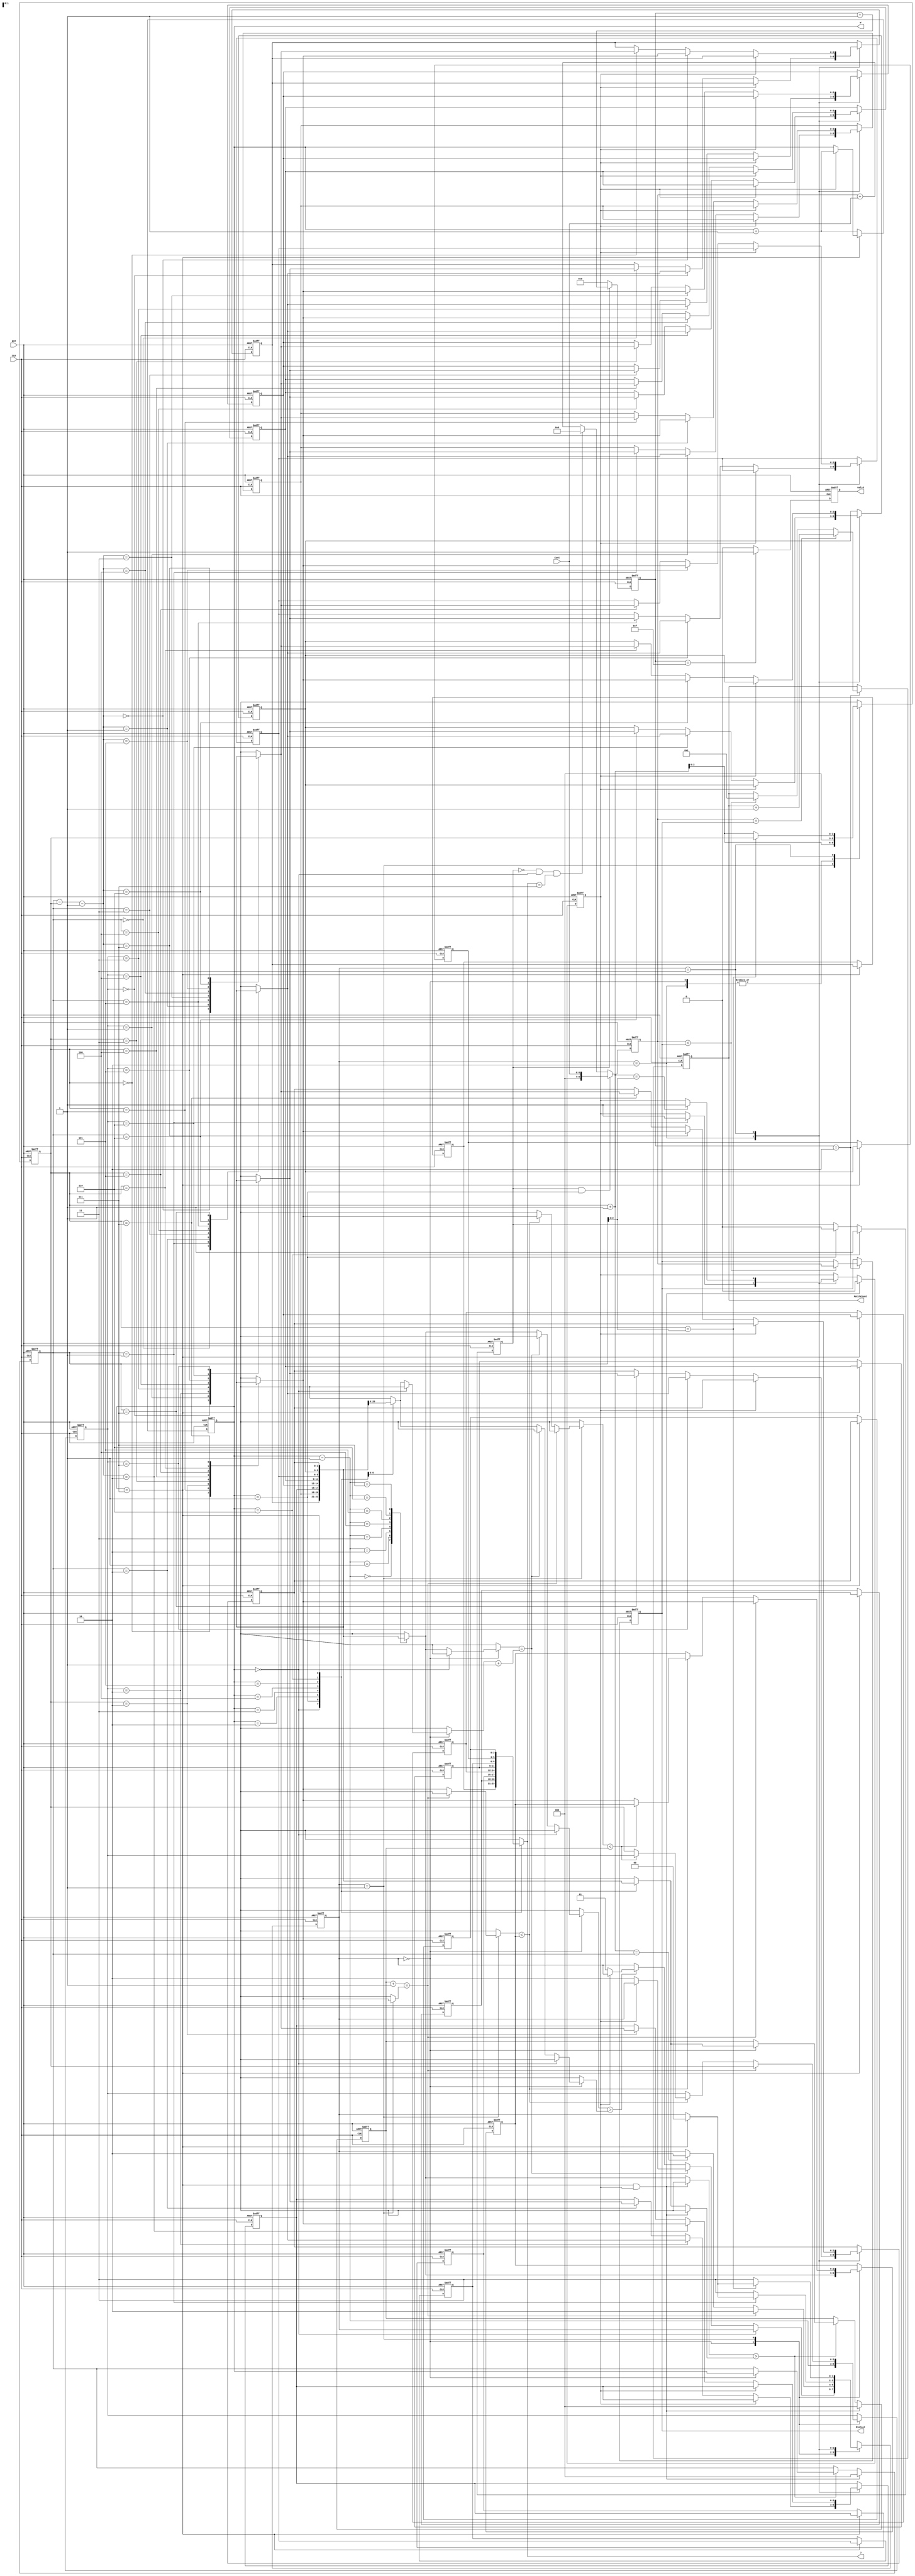
module JAM (
			input CLK,
			input RST,
			output reg [2:0] W,
			output reg [2:0] J,
			input [6:0] Cost,
			output reg [3:0] MatchCount,
			output reg [9:0] MinCost,
			output reg Valid 
			);

reg [2:0] J_data[0:7];
reg [2:0] count;
reg flag;
reg [2:0] ex_value;
reg [2:0] sort[0:7];
reg [2:0] ex_pos;
reg [2:0] exed_pos;
reg [2:0] exed_value;
reg [1:0] op;
reg [9:0] min;
reg [3:0] cost_cnt;
reg en;

integer i;

always @(posedge CLK or posedge RST) begin
	if (RST) begin
		W <= 7;
	end
	else begin
		if (W == 7) begin
			W <= (flag == 1)? ( W + 1 ) : W;
		end
		else begin
			W <= W + 1;
		end
	end
end

always @(*) begin
	J = J_data[W];
end

// J of sorted data
always @(posedge CLK or posedge RST) begin
	if (RST) begin
		for(i = 0; i < 8; i = i+1) begin
			J_data[i] <= i;
		end
	end
	else begin
		if (W == 7) begin
			for(i = 0; i < 8; i = i+1) begin
				J_data[i] <= sort[i];
			end
		end
		else begin
			for(i = 0; i < 8; i = i+1) begin
				J_data[i] <= J_data[i];
			end
		end
	end
end

// seqence 7,6,5,4,3,2,1,0 to 0,1,2,3,4,5,6,7
always @(posedge CLK or posedge RST) begin
	if (RST) begin
		for(i = 0; i < 8; i = i+1) begin
			sort[i] <= 7 - i;
		end
	end
	else begin
		case(op)
			2: begin
				if(flag == 1) begin
					for(i = 0; i < 8; i = i+1) begin
						sort[i] <= sort[i];
					end
				end
				else begin
					sort[ex_pos] <= sort[exed_pos];
					sort[exed_pos] <= sort[ex_pos];
				end
			end
			3: begin
				if(flag == 1) begin
					for(i = 0; i < 8; i = i+1) begin
						sort[i] <= sort[i];
					end
				end
				else begin
					sort[count] <= sort[ex_pos - count - 1];
					sort[ex_pos - count - 1] <= sort[count];
				end
			end
			default: begin
				for(i = 0; i < 8; i = i+1) begin
					sort[i] <= sort[i];
				end
			end
		endcase
	end
end

always @(posedge CLK or posedge RST) begin
	if (RST) begin
		count <= 0;
	end
	else begin
		case(op)
			0: count <= 0;
			1: count <= count + 1;
			2: count <= 0;
			3: count <= (count == ( ex_pos ) >> 1 )? count : count + 1;
		endcase
	end
end

// op 0: search exchange pos
// op 1: search exchanged pos
// op 2: exchange operation
// op 3: reflect
always @(posedge CLK or posedge RST) begin
	if (RST) begin
		op <= 0;
	end
	else begin
		case(op)
			0: begin
				if(W == 0) begin
					op <= op;
				end
				else begin
					if (sort[W - 1] == sort[W] + 1) begin
						op <= (flag == 1)? op : 2;
					end
					else begin
						if (sort[W - 1] > sort[W]) begin
							op <= (flag == 1)? op : 1;
						end
						else begin
							op <= op;
						end
					end
				end
			end
			1: begin
				if(ex_value + 1 == sort[count]) begin
					op <= 2;
				end
				else begin
					if (count + 1 == ex_pos) begin
						op <= 2;
					end
					else begin
						op <= op;
					end
				end
			end
			2: begin
				if (ex_pos == 1) begin
					op <= (W == 7)? 0 : op;
				end
				else begin
					op <= 3;
				end
			end
			3: begin
				if (count == ( ex_pos ) >> 1) begin
					op <= (W == 7)? 0 : op;
				end
				else begin
					op <= 3;
				end
			end
			default: op <= op;
		endcase
	end
end

always @(posedge CLK or posedge RST) begin
	if (RST) begin
		ex_pos <= 0;
		ex_value <= 0;
	end
	else begin
		if (W == 7 && flag == 1) begin
			ex_pos <= 0;
			ex_value <= 0; 
		end
		else begin
			if (sort[W - 1] > sort[W]) begin
				ex_pos <= (op == 0)? W : ex_pos;
				ex_value <= (op == 0)? sort[W] : ex_value;
			end
			else begin
				ex_pos <= ex_pos;
				ex_value <= ex_value;
			end
		end
	end
end

always @(posedge CLK or posedge RST) begin
	if (RST) begin
		exed_pos <= 0;
		exed_value <= 7;
	end
	else begin
		case(op)
			0: begin
				exed_pos <= W - 1;
				exed_value <= sort[W - 1];
			end
			1: begin
				if (ex_value + 1 == sort[count]) begin
					exed_pos <= count;
					exed_value <= sort[count];
				end
				else begin
					if (sort[count] < exed_value) begin
						exed_pos <= (sort[count] < ex_value)? exed_pos : count;
						exed_value <= (sort[count] < ex_value)? exed_value : sort[count];
					end
					else begin
						exed_pos <= exed_pos;
						exed_value <= exed_value;
					end
				end
			end
			default: begin
				exed_pos <= exed_pos;
				exed_value <= exed_value;
			end
		endcase
	end
end

// flag = 1 when operation done
always @(posedge CLK or posedge RST) begin
	if (RST) begin
		flag <= 1;
	end
	else begin
		if (W == 7 && flag == 1) begin
			flag <= 0;
		end
		else begin
			case(op)
				2: begin
					if (ex_pos == 1) begin
						flag <= 1;
					end
					else begin
						flag <= flag;
					end
				end
				3: begin
					if (count + 1 == ( ex_pos ) >> 1) begin
						flag <= 1;
					end
					else begin
						flag <= flag;
					end
				end
				default: flag <= flag;
			endcase
		end	
	end
end

// control MinCost & MatchCount
always @(posedge CLK or posedge RST) begin
	if (RST) begin
		cost_cnt <= 7;
	end
	else begin
		if (en) begin
			cost_cnt <= cost_cnt + 1;
		end
		else begin
			cost_cnt <= 0;
		end
	end
end

// enable for W, J
always @(posedge CLK or posedge RST) begin
	if (RST) begin
		en <= 0;
	end
	else begin
		if (W == 6) begin
			en <= 1;
		end
		else begin
			en <= (W == 1)? 0 : en;
		end
	end
end

// sum of one seqence data
always @(posedge CLK or posedge RST) begin
	if (RST) begin
		min <= 0;
	end
	else begin
		if (en == 1 && W == 1) begin
			min <= Cost;
		end
		else begin
			if(en == 0 && W == 0 && J == 7) min <= 0;
			else min <= min + Cost;
		end
	end
end

always @(posedge CLK or posedge RST) begin
	if (RST) begin
		MinCost <= 10'd1023;
	end
	else begin
		MinCost <= (cost_cnt == 2)? ( ( min < MinCost )? min : MinCost ) : MinCost;
	end
end

always @(posedge CLK or posedge RST) begin
	if (RST) begin
		MatchCount <= 0;
	end
	else begin
		if (cost_cnt == 2) begin
			if (min == MinCost) begin
				MatchCount <= MatchCount + 1;
			end
			else begin
				MatchCount <= (min < MinCost)? 1 : MatchCount;
			end
		end
		else begin
			MatchCount <= MatchCount;
		end
	end
end

// output valid
always @(posedge CLK or posedge RST) begin
	if (RST) begin
		Valid <= 0;
	end
	else begin
		if (cost_cnt == 4'hf) begin
			Valid <= 1;
		end
		else begin
			Valid <= 0;
		end
	end
end

endmodule